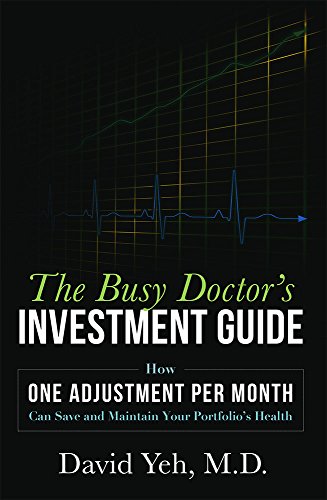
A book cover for The Busy Doctor's Investment Guide: How One Adjustment Per Month Can Save and Maintain Your Portfolio's Health; David Yeh M.D.; Business & Money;